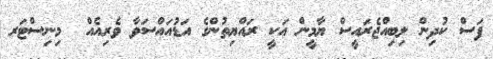
ފަސް ކުދިން ލިބިއްޖެރައީސް ޔާމީން އަކީ ރައްޔިތުންގެ އަޑުއައްސަވާ ވެރިއެއް  މިނިސްޓަރ